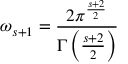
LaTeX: \omega _ { s + 1 } = { \frac { 2 \pi ^ { \frac { s + 2 } { 2 } } } { \Gamma \left( { \frac { s + 2 } { 2 } } \right) } }